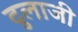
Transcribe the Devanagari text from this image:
दुलाजी